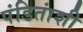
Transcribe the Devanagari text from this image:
पंडितांशी